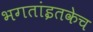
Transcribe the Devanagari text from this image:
भगतांइतकेच